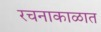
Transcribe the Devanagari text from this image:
रचनाकाळात